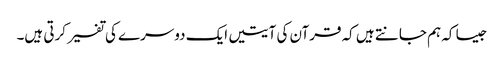
جیسا کہ ہم جانتے ہیں کہ قرآن کی آیتیں ایک دوسرے کی تفسیر کرتی ہیں۔